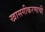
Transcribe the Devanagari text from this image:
खासगीकरणाची